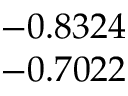
\begin{array} { c } { - 0 . 8 3 2 4 } \\ { - 0 . 7 0 2 2 } \end{array}